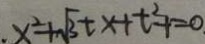
. x ^ { 2 } + \sqrt { 3 } t x + t ^ { 2 } - 1 = 0 .